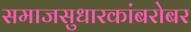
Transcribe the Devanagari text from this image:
समाजसुधारकांबरोबर